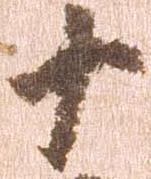
十